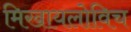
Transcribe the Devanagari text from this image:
मिखायलोविच